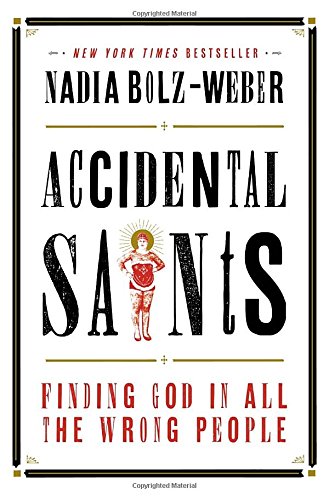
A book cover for Accidental Saints: Finding God in All the Wrong People; Nadia Bolz-Weber; Biographies & Memoirs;